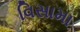
વિસામા